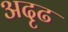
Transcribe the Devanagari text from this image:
अदृढ